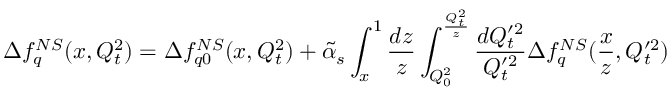
\Delta f _ { q } ^ { N S } ( x , Q _ { t } ^ { 2 } ) = \Delta f _ { q 0 } ^ { N S } ( x , Q _ { t } ^ { 2 } ) + \tilde { \alpha } _ { s } \int _ { x } ^ { 1 } { \frac { d z } { z } } \int _ { Q _ { 0 } ^ { 2 } } ^ { { \frac { Q _ { t } ^ { 2 } } { z } } } { \frac { d Q _ { t } ^ { \prime 2 } } { Q _ { t } ^ { \prime 2 } } } \Delta f _ { q } ^ { N S } ( { \frac { x } { z } } , Q _ { t } ^ { \prime 2 } )